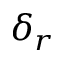
\delta _ { r }